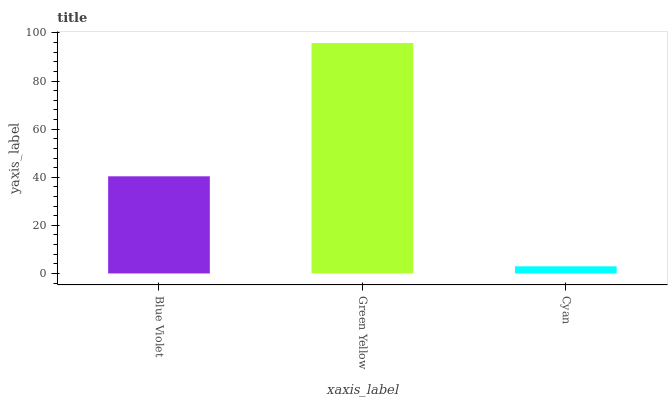
| xaxis_label | bars |
 | --- | --- |
 | Blue Violet | 40.4 |
 | Green Yellow | 95.8 |
 | Cyan | 2.97 |